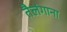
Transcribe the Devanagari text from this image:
तैलंगाना